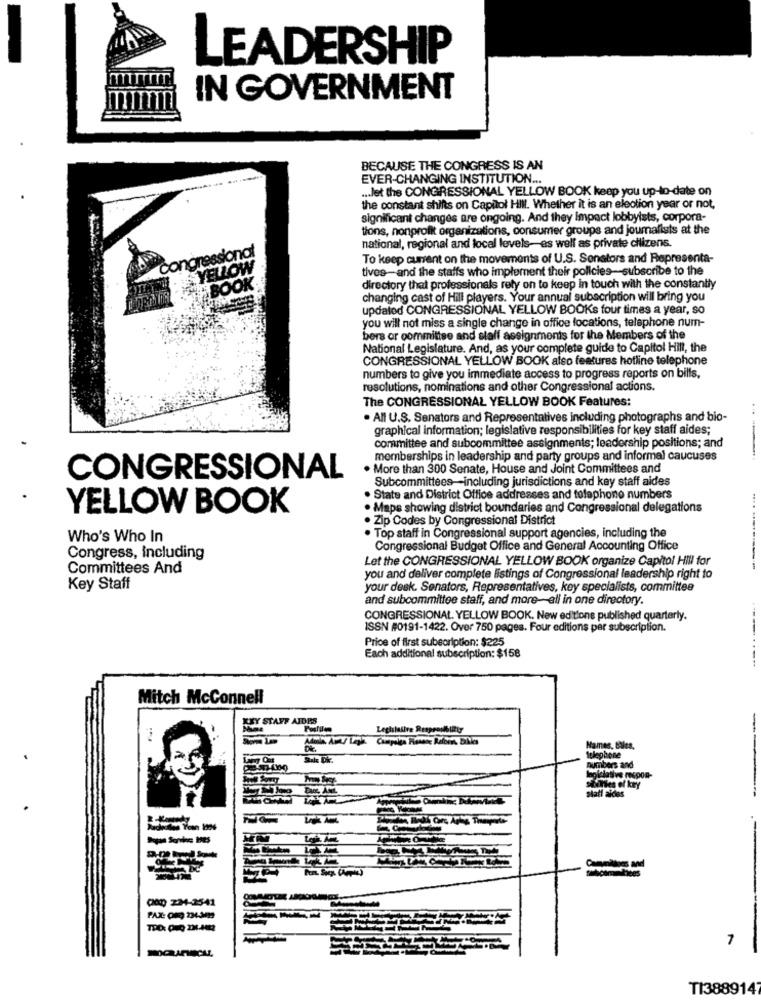
LEADERSHIP
IN GOVERNMENT
BECAUSE THE CONGRESS IS AN
EVER-CHANGING INSTITUTION ...
.. let the CONGRESSIONAL YELLOW BOOK keep you up-to-date on
the constant shifts on Capitol Hill. Whether it is an election year or not,
significant changes are ongoing. And they impact lobbyists, corpora-
tions, nonprofit organizations, consumer groups and journalists at the
national, regional and local levels-as well as private cilizens.
Congressional
To keep current on the movements of U.S. Senators and Representa-
YELLOW
tives-and the staffs who implement their policies-subscribe to the
FAT BOOK
directory that professionels rely on to keep in touch with the constantly
changing cast of Hill players. Your annual subscription will bring you
updated CONGRESSIONAL YELLOW BOOKs four times a year, so
you will not miss a single change in office locations, telephone num-
bers or committee and staff assignments for the Members of the
National Legislature. And, as your complete guide to Capitol Hill, the
CONGRESSIONAL YELLOW BOOK also features hotline telephone
numbers to give you immediate access to progress reports on bills,
resolutions, nominations and other Congressional actions.
The CONGRESSIONAL YELLOW BOOK Features:
. All U.S. Senators and Representatives including photographs and bio-
graphical information; legislative responsibilities for key staff aides;
committee and subcommittee assignments; leadership positions; and
memberships in leadership and party groups and informal caucuses
. More than 300 Senate, House and Joint Committees and
CONGRESSIONAL
Subcommittees-including jurisdictions and key staff aides
State and District Office addresses and telephone numbers
YELLOW BOOK
. Maps showing district boundaries and Congressional delegations
. Zip Codes by Congressional District
Who's Who In
Top staff in Congressional support agencies, including the
Congressional Budget Office and General Accounting Office
Congress, Including
Let the CONGRESSIONAL YELLOW BOOK organize Capitol Hill for
Committees And
-- ----------
you and deliver complete listings of Congressional leadership right to
Key Staff
your desk. Senators, Representatives, key specialists, committee
and subcommittee staff, and more-all in one directory.
CONGRESSIONAL. YELLOW BOOK. New editione published quarterly.
ISSN #0191-1422. Over 750 pages. Four editions per subscription.
Price of first subscription: $225
Each additional subscription: $158
Mitch Mcconnell
KEY STAFF ALDES
Legislative Resproublitty
telephone
Names, Bules.
numbers and
holalasive respon-
En AML
mes of key
Statt aldes
000 234-2541
PAX: (R) 234-3mm
1
TI3889147